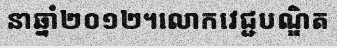
នាឆ្នាំ២០១២។លោកវេជ្ជបណ្ឌិត